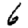
Digit: 6